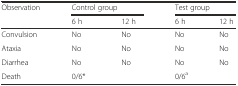
<table><thead><tr><td rowspan="2"><b>Observation</b></td><td colspan="2"><b>Control group</b></td><td colspan="2"><b>Test group</b></td></tr><tr><td><b>6 h</b></td><td><b>12 h</b></td><td><b>6 h</b></td><td><b>12 h</b></td></tr></thead><tbody><tr><td>Convulsion</td><td>No</td><td>No</td><td>No</td><td>No</td></tr><tr><td>Ataxia</td><td>No</td><td>No</td><td>No</td><td>No</td></tr><tr><td>Diarrhea</td><td>No</td><td>No</td><td>No</td><td>No</td></tr><tr><td>Death</td><td colspan="2">0/6*</td><td colspan="2">0/6<sup>a</sup></td></tr></tbody></table>